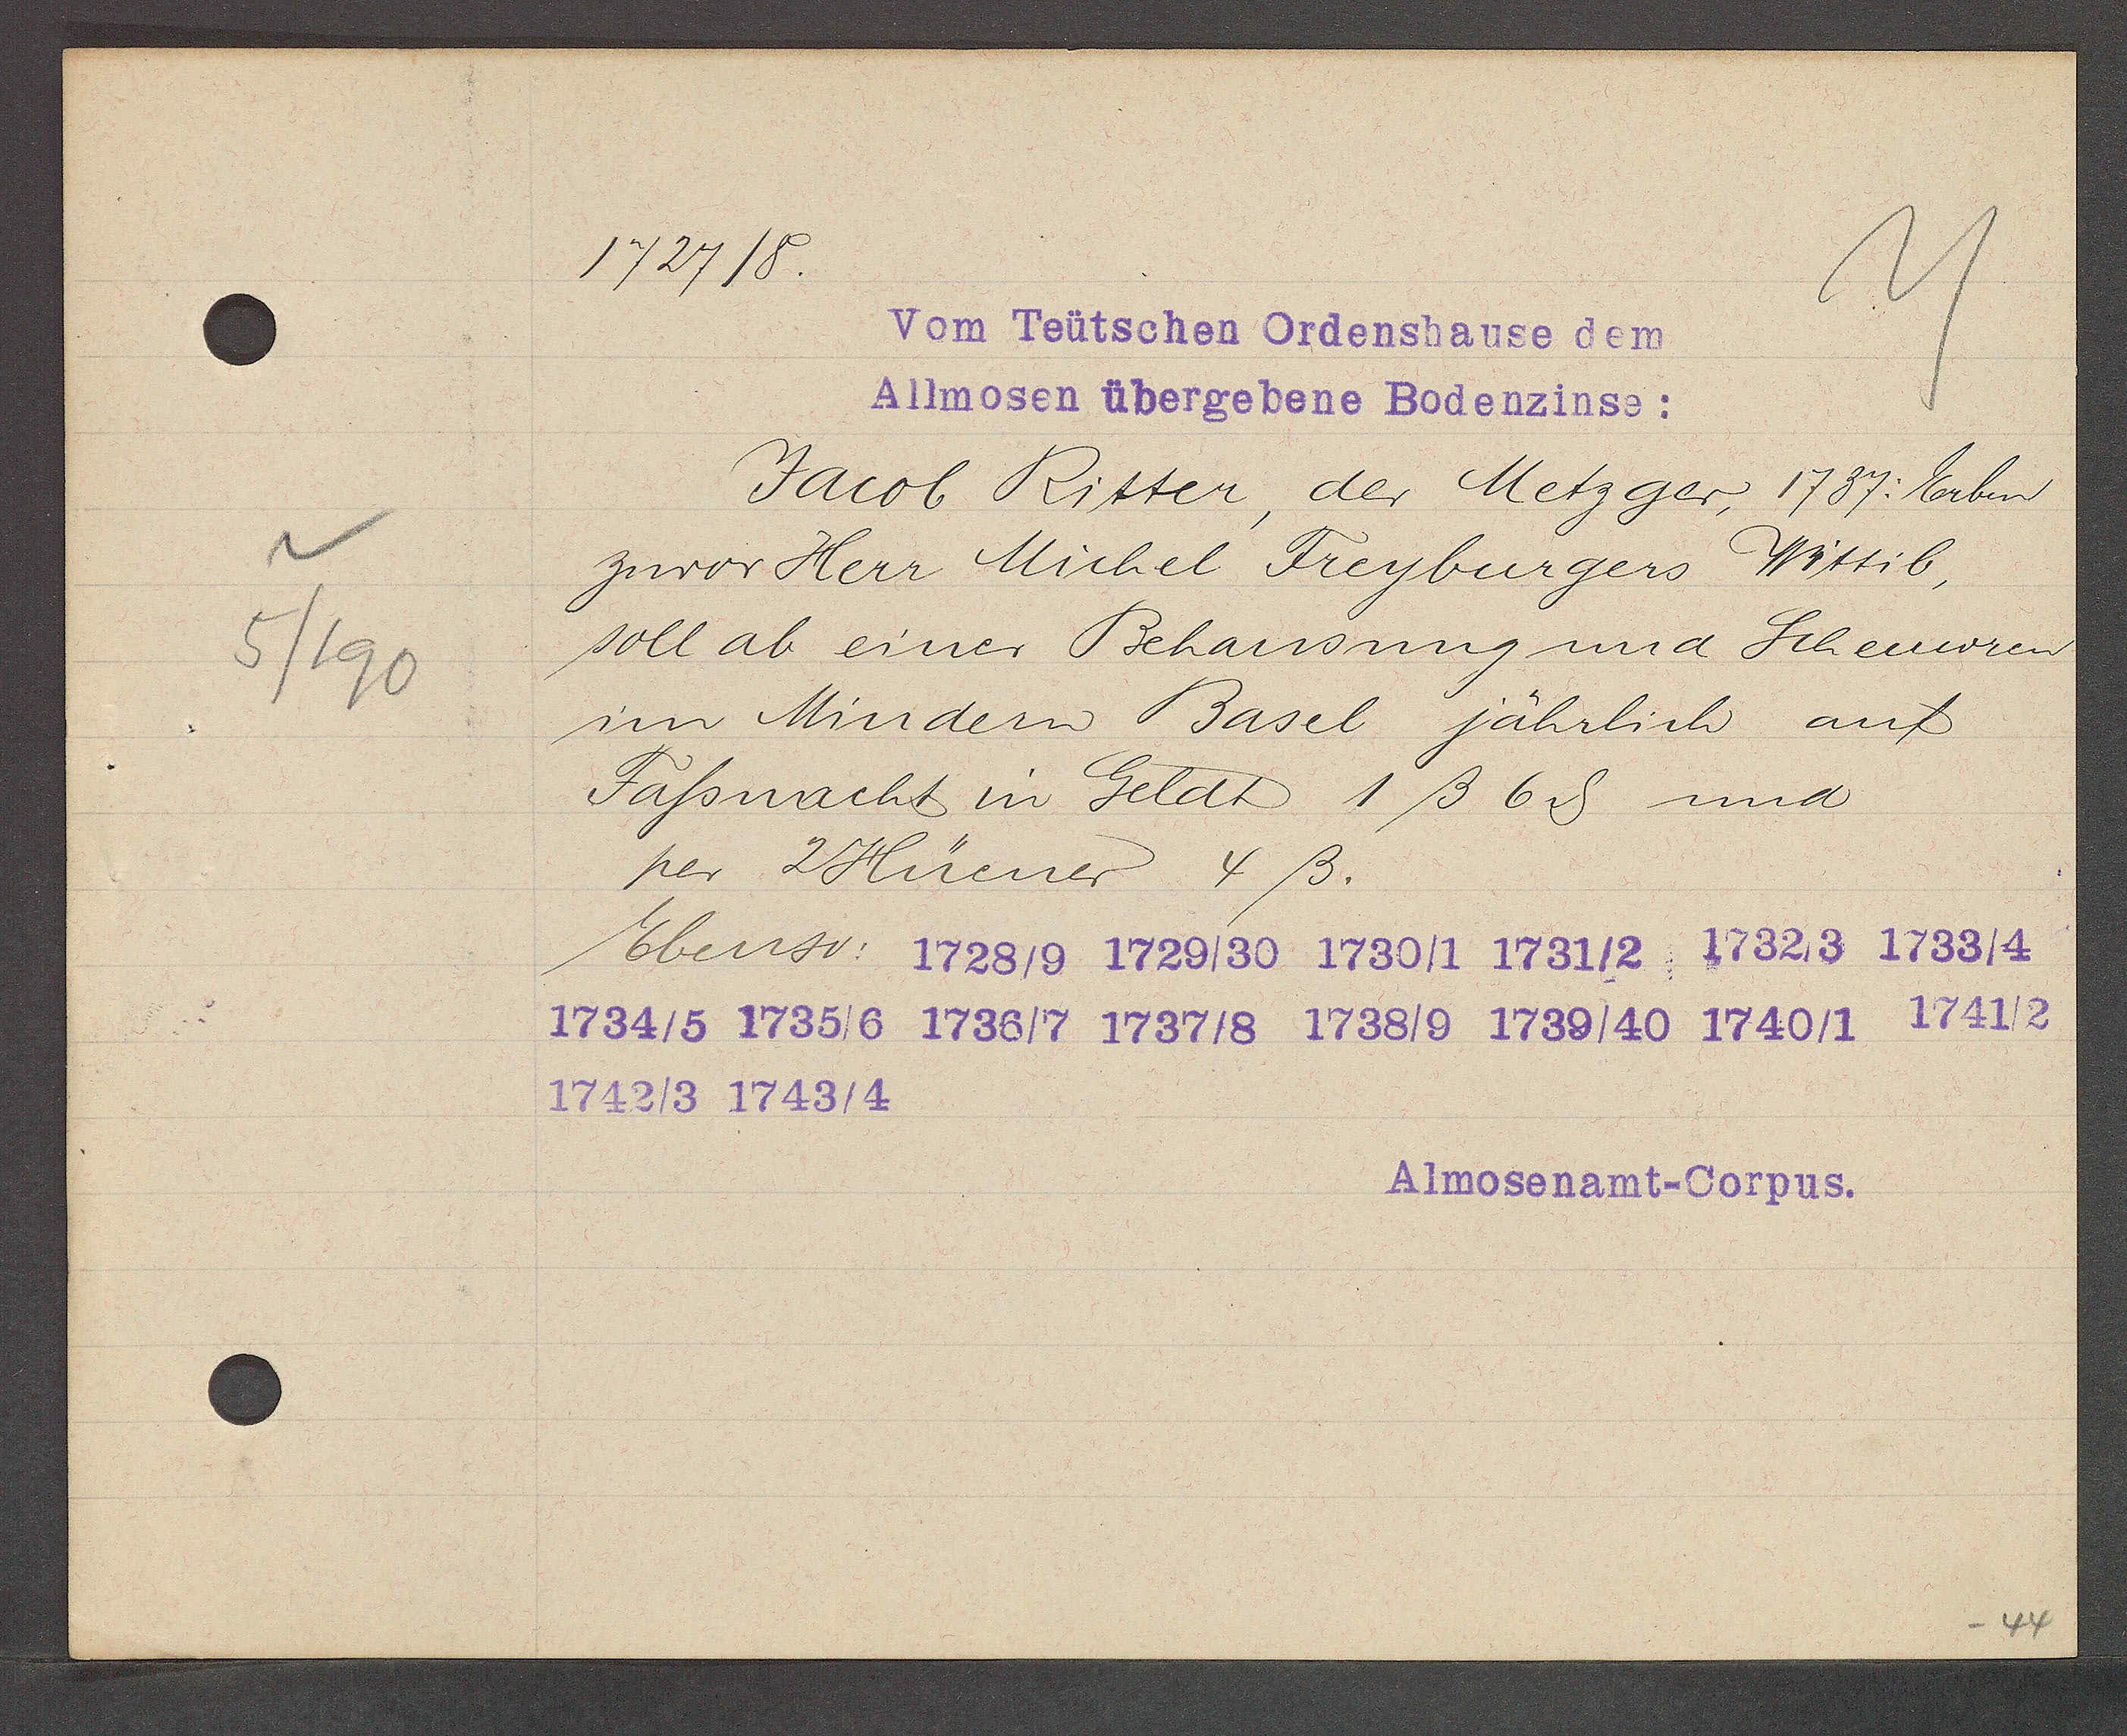
Transcript:
5/190

1727/8

Vom Teütschen Ordenshause dem
Allmosen übergebene Bodenzinse:
Jacob Ritter, der Metzger, 1737: Erben
zuvor Herr Michel Freyburgers Wittib,
soll ab einer Behausung und Scheuren
im Mindern Basel jährlich auf
Fassnacht in Geldt 1ß 6ȡ und
per 2 Hüener 4ß.
Ebenso: 1728/9 1729/30 1730/1 1731/2 1732/3 1733/4
1734/5 1735/6 1736/7 1737/8 1738/9 1739/40 1740/1 1741/2
1742/3 1743/4

Almosenamt-Corpus.